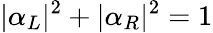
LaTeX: |\alpha_{L}|^{2}+|\alpha_{R}|^{2}=1